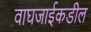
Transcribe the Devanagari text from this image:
वाघजाईकडील